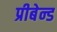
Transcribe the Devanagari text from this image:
प्रीबेन्ड